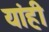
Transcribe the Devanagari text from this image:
यांही